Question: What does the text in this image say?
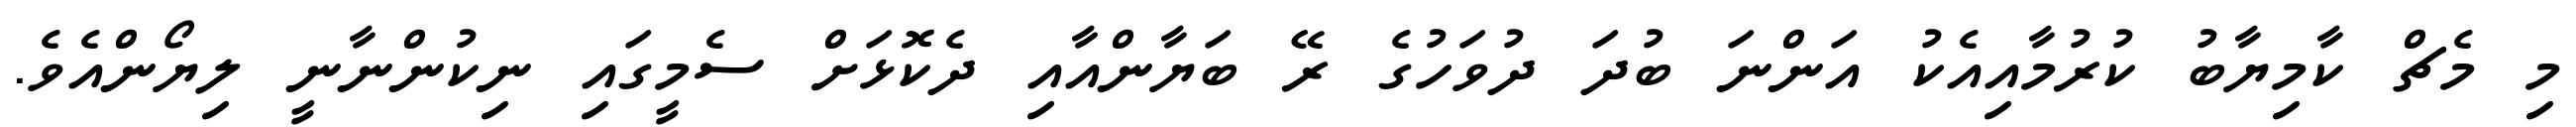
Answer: މި މެޗް ކާމިޔާބު ކުރުމާއިއެކު އަންނަ ބުދަ ދުވަހުގެ ރޭ ބަޔާންއާއި ދެކޮޅަށް ސެމީގައި ނިކުންނާނީ ލިޔޯންއެވެ.